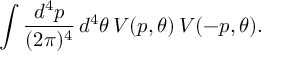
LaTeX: \int \frac { d ^ { 4 } p } { ( 2 \pi ) ^ { 4 } } \, d ^ { 4 } \theta \, V ( p , \theta ) \, V ( - p , \theta ) .